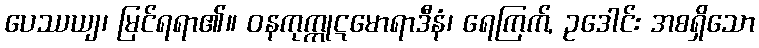
ပေဿယျ၊ မြင်ရရာ၏။ ဝနကုက္ကုဋမောရာဒီနံ၊ ရေကြက်, ဥဒေါင်း အစရှိသော